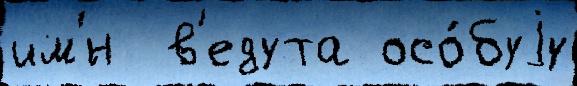
им'́н  в'едута осо́буjу